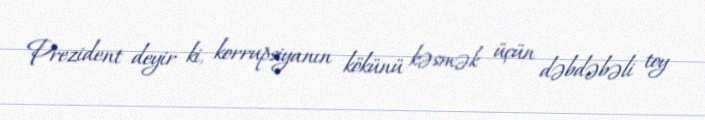
Prezident deyir ki, korrupsiyanın kökünü kəsmək üçün dəbdəbəli toy